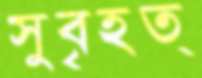
সুবৃহত্